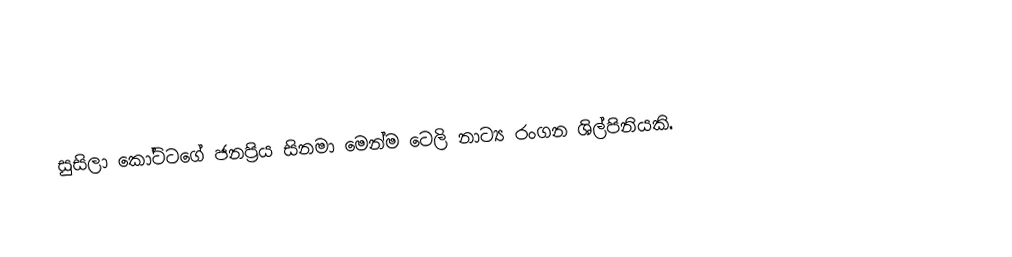
සුසිලා කෝට්ටගේ ජනප්‍රිය සිනමා මෙන්ම ටෙලි නාට්‍ය රංගන ශිල්පිනියකි.